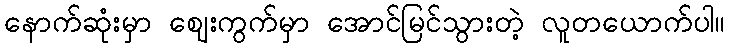
နောက်ဆုံးမှာ ဈေးကွက်မှာ အောင်မြင်သွားတဲ့ လူတယောက်ပါ။